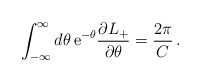
\begin{align*}\int ^{\infty }_{-\infty }d\theta \, \mathrm{e}^{-\theta }\frac{\partial L_{+}}{\partial \theta }=\frac{2\pi }{C}\,.\end{align*}